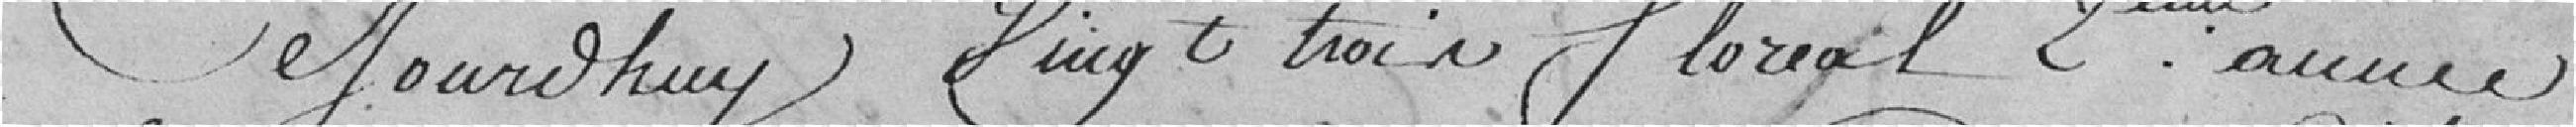
Cejourdhuy, Vingt trois floréal 2ème année